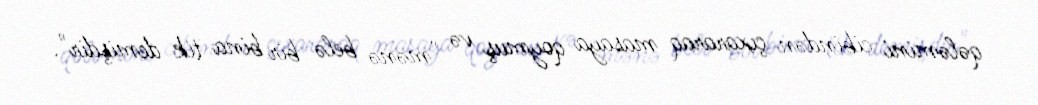
qələmini cibindən çıxararaq masaya qoymuş və "mənə belə bir bina tik demişdir".